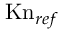
\mathrm { K n } _ { r e f }